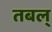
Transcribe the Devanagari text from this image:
तबल्